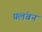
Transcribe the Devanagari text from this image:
प्रलंबन